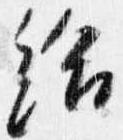
給